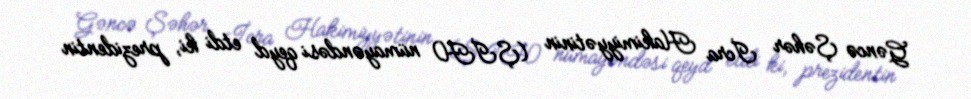
Gəncə Şəhər İcra Hakimiyyətinin (ŞİH) nümayəndəsi qeyd etdi ki, prezidentin